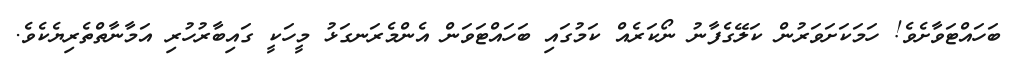
ބަހައްޓަވާށެވެ! ހަމަކަށަވަރުން ކަލޭގެފާނު ނޯކަރެއް ކަމުގައި ބަހައްޓަވަން އެންމެރަނގަޅު މީހަކީ ގައިބާރުހުރި އަމާނާތްތެރިޔެކެވެ.